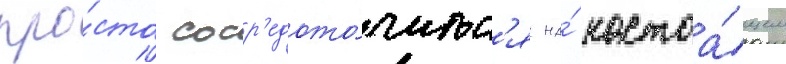
про́сто соср'едото́читьс'я на́ настоа́щем